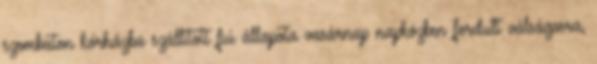
szombaton kórházba szállított fiú állapota vasárnap napközben fordult válságosra,